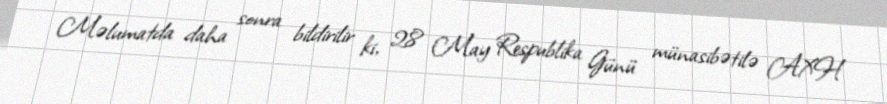
Məlumatda daha sonra bildirilir ki, 28 May Respublika Günü münasibətilə AXH